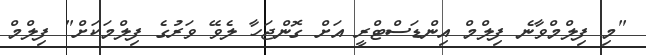
"މި ފިލްމްވާނެ ފިލްމް އިންޑަސްޓްރީ އަށް ގޮންޖަހާ ލެވޭ ވަރުގެ ފިލްމަކަށް" ފިލްމް